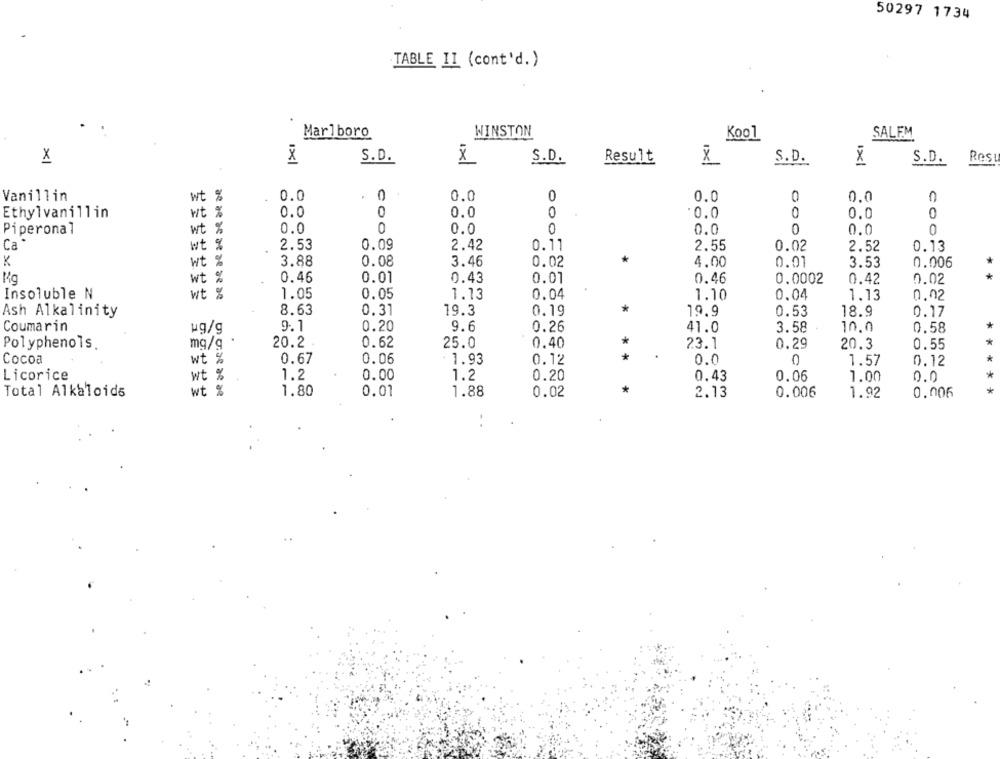
50297 1734
TABLE II (cont'd.)
Marlboro
WINSTON
Kool
SALEM
X
S.D.
S.D.
Result
175
S.D.
Res
S.D.
Vanillin
wt %
0.0
0
0.0
0
0.0
0.0
C
wt %
0
:0.0
0
Ethylvanillin
0.0
0.0
0.0
0
Piperonal
wt %
0.0
0.0
0
0.0
GOO
0.0
0
Ca
wt %
2.53
0.09
2.42
0.11
2.55
0.02
2.52
0.13
*
K
wt
3.88
0.08
3.46
0.02
4.00
0.01
3.53
0.006
Kg
wt %
0.46
0.01
0.43
0.01
0.46
0.0002
0.42
0.02
*
Insoluble N
wt
1.05
0.05
1.13
0.04
1.10
0.04
1.13
0.02
8.63
0.31
19.3
0.19
*
19.9
0.53
Ash Alkalinity
18.9
0.17
Coumarin
9.1
0.20
9.6
*
ug/g
0.26
41.0
3.58
10.0
0.58
*
Polyphenols
mg/g
20.2
0.62
25.0
0.40
23.1
0.29
20.3
0.55
* *
Cocoa
wt %
0.67
0.06
- 1.93
0.12
0.0
0
1.57
0.12
*
Licorice
wt %
1.2
0.00
1.2
0.20
0.43
0.06
1.00
0.0
*
*
Total Alkaloids
wt %
1.80
0.01
1.88
0.02
2.13
0.006
1.92
0.006
*